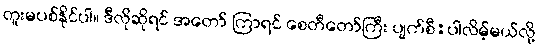
တူးမပစ်နိုင်ပါ။ ဒီလိုဆိုရင် အတော် ကြာရင် စေတီတော်ကြီး ပျက်စီ:ပါလိမ့်မယ်လို့